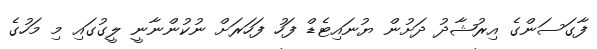
ފާގަސަންގެ އިރުޝާދު ދަށުން ޔުނައިޓެޑް ފަހު ފަހަރަށް ނުކުންނާނީ ލީގުގައި މި މަހުގެ